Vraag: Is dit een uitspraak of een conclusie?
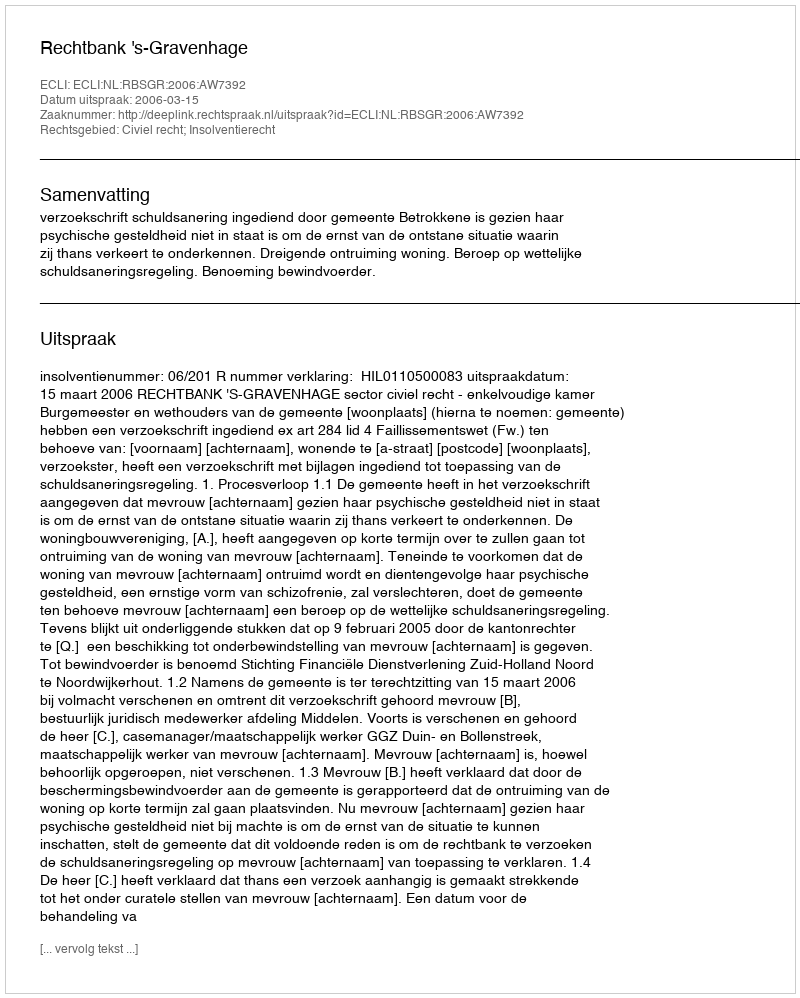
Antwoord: Uitspraak